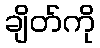
ချိတ်ကို